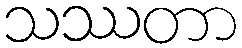
သဿတာ